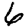
Digit: 6